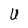
Character: U